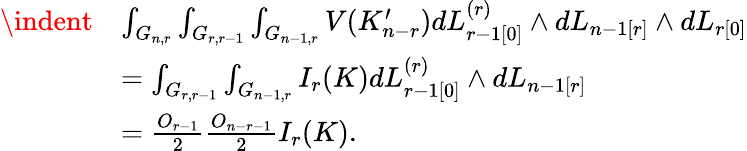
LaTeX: \begin{array}{rl}{\indent}&{\int_{G_{n,r}}\int_{G_{r,r-1}}\int_{G_{n-1,r}}V(K_{n-r}^{\prime})dL_{r-1[0]}^{(r)}\wedge dL_{n-1[r]}\wedge dL_{r[0]}}\\ &{=\int_{G_{r,r-1}}\int_{G_{n-1,r}}I_{r}(K)dL_{r-1[0]}^{(r)}\wedge dL_{n-1[r]}}\\ &{=\frac{O_{r-1}}{2}\frac{O_{n-r-1}}{2}I_{r}(K).}\end{array}